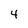
Character: 4